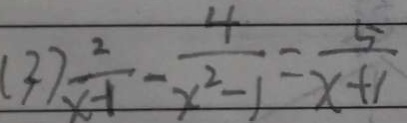
( 3 ) \frac { 2 } { x - 1 } - \frac { 4 } { x ^ { 2 } - 1 } = \frac { 5 } { x + 1 }